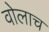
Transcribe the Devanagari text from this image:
वोलाच